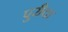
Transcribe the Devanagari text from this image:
पुरीचा